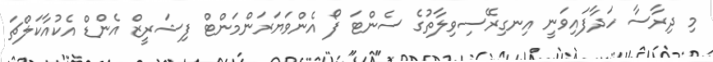
މި ދިރާސާ ހަދާފައިވަނީ އިނގިރޭސިވިލާތުގެ ސެންޓަ ފޯ އެންވަޔަރަންމަންޓް ފިޝަރީޒް އެންޑް އެކުއާކަލްޗަ